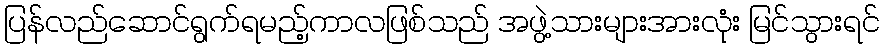
ပြန်လည်ဆောင်ရွက်ရမည့်ကာလဖြစ်သည် အဖွဲ့သားများအားလုံး မြင်သွားရင်